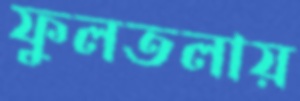
ফুলতলায়